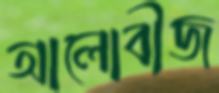
আলোবীজ